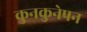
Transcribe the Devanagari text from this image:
कुनकुनेपन